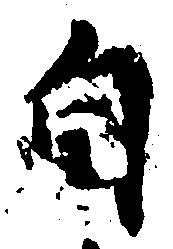
自